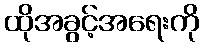
ထိုအခွင့်အရေးကို